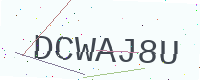
Text: DCWAJ8U